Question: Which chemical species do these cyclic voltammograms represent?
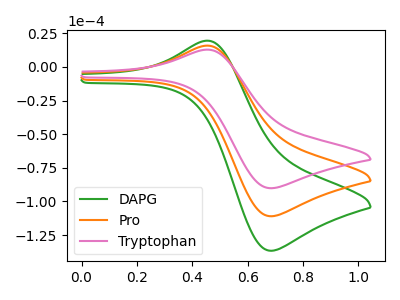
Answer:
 <answer>The green curve is labeled "DAPG". The orange curve is labeled "Pro". The pink curve is labeled "Tryptophan".</answer>
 <eval></eval>